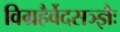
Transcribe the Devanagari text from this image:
विग्रहैर्वेदसञ्ज्ञैः